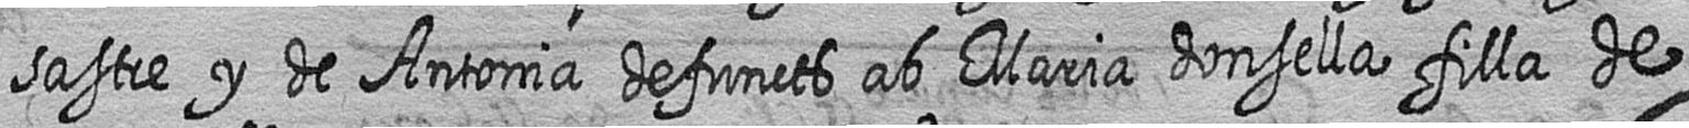
sastre y de Antonia defuncts ab Maria donsella filla de